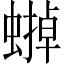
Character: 𧐼